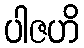
ပါဇဟိ